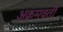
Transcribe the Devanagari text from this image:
अक्रमवर्ती